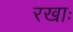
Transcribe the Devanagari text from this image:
रखाः